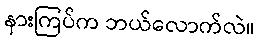
နားကြပ်က ဘယ်လောက်လဲ။